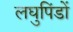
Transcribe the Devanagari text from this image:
लघुपिंडों